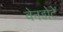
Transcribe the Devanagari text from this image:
वेनडोटे